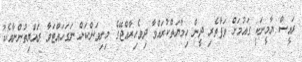
ރައީސް ޔާމީނަކީ ގައުމަށް ވަފާތެރި ދީން ހިމާޔަތްކުރައްވާ ދިވެހިރާއްޖޭގެ މިނިވަންކަން ނަގަހައްޓަވާ ރައްޔިތުންނާއެކު